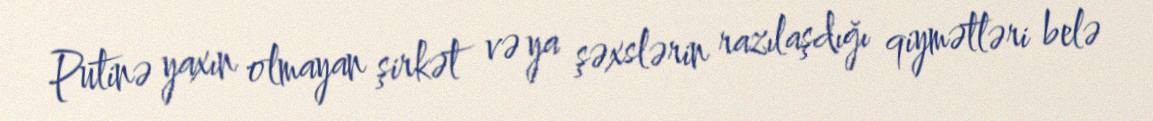
Putinə yaxın olmayan şirkət və ya şəxslərin razılaşdığı qiymətləri belə